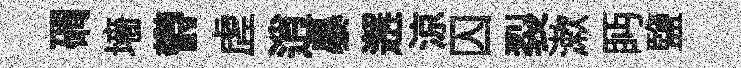
磵墻欎虗逍暴邂涼囚裂漱眄鹽